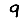
Digit: 9